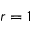
r = 1